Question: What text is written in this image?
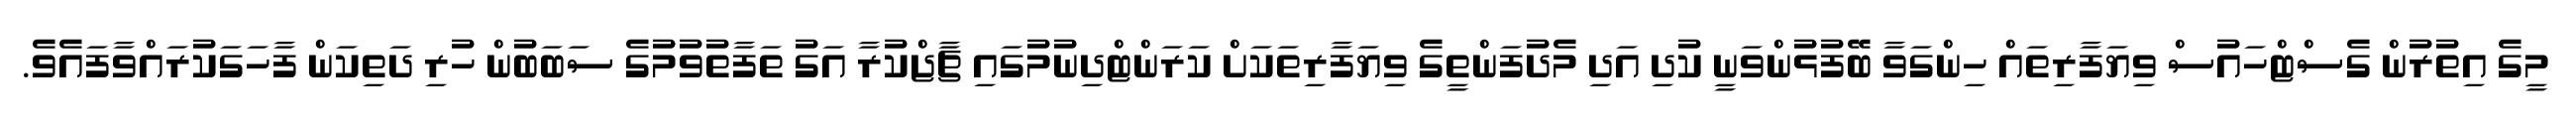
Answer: މީގެ އިތުރުން ގެސްޓްހައުސް ވިޔަފާރިތައް ހިންގަވާ ބޭފުޅުންވަނީ ކުދި އަދި މެދުފަންތީގެ ވިޔަފާރިތަކަށް ކަރަންޓްދިނުމުގައި ޗާޖްކުރާ އަގު ތަފާތުވުމުގެ ސަބަބުން ހުރި ދަތިކަން ފާހަގަކުރައްވާފައެވެ.